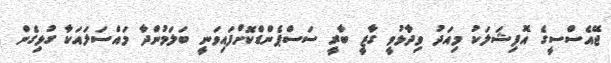
ޖޭއެސްސީގެ އޮފިޝަލަކު މިއަދު ވިދާޅުވީ ގާޒީ ބާރީ ސަސްޕެންޑްކޮށްފައިވަނީ ބަލަމުންދާ މައްސަލައަކާ ގުޅިގެން